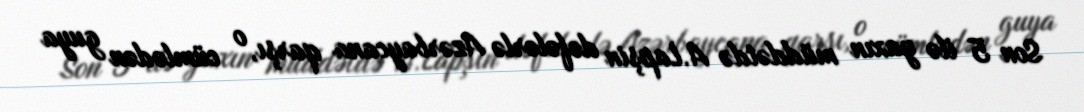
Son 5 ilə yaxın müddətdə A.Lapşin dəfələrlə Azərbaycana qarşı, o cümlədən guya